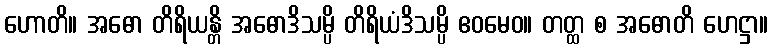
ဟောတိ။ အဓော တိရိယန္တိ အဓောဒိသမ္ပိ တိရိယံဒိသမ္ပိ ဧဝမေဝ။ တတ္ထ စ အဓောတိ ဟေဋ္ဌာ။